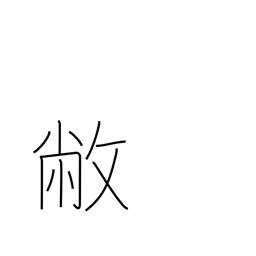
Meaning: be dilapidated